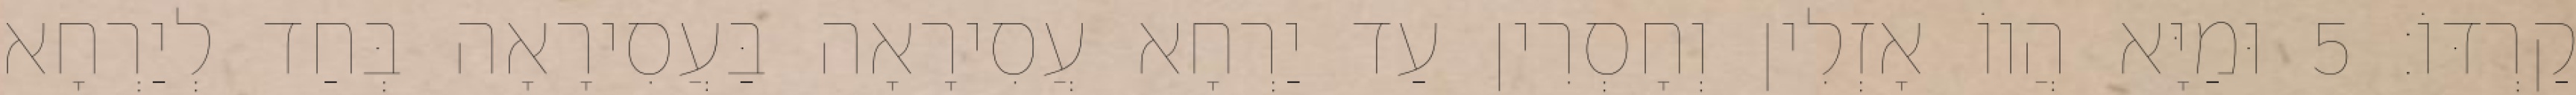
קַרְדּוֹ׃ 5 וּמַיָּא הֲווֹ אָזְלִין וְחָסְרִין עַד יַרְחָא עֲסִירָאָה בַּעֲסִירָאָה בְּחַד לְיַרְחָא